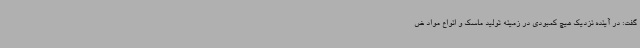
گفت: در آینده نزدیک هیچ کمبودی در زمینه تولید ماسک و انواع مواد ض